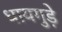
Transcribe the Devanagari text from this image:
धायगुड़े